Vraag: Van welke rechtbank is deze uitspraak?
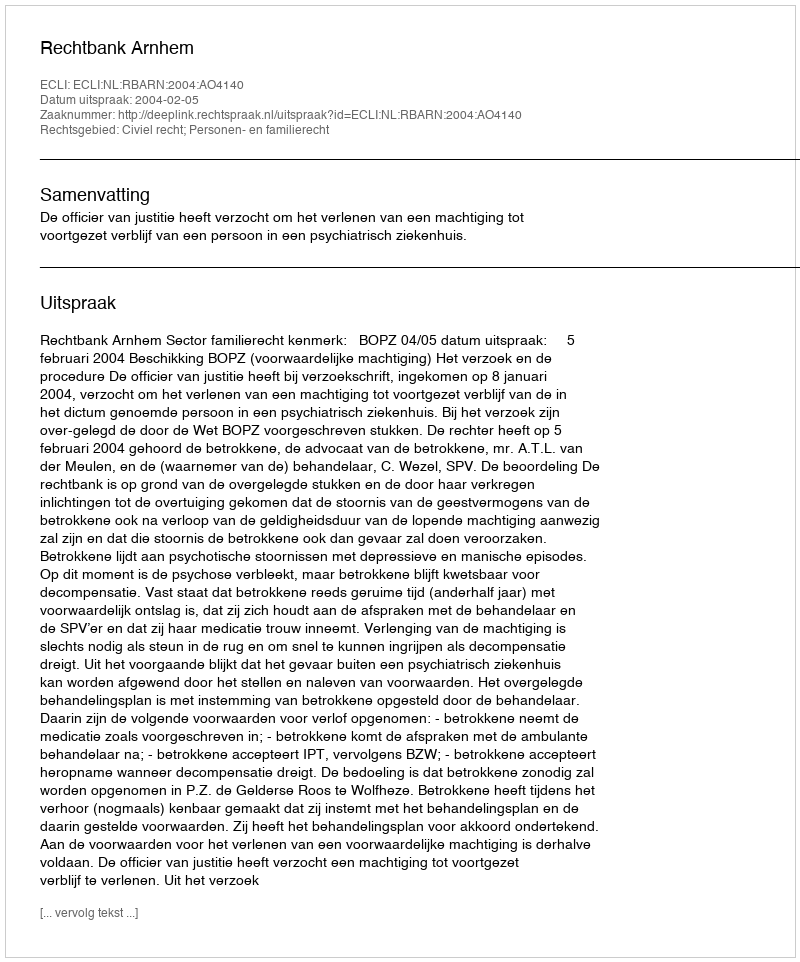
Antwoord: Rechtbank Arnhem